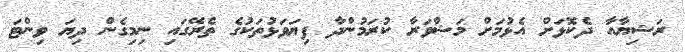
ރަޝިޔާއާ ދެކޮޅަށް އެޅުމަށް މަޝްވަރާ ކުރަމުންދާ ފިޔަވަޅުތަކުގެ ތެރޭގައި ނިމިގެން ދިޔަ ވިންޓަ